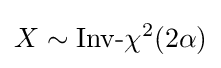
X\sim {\mbox{Inv-}}\chi ^{2}(2\alpha )